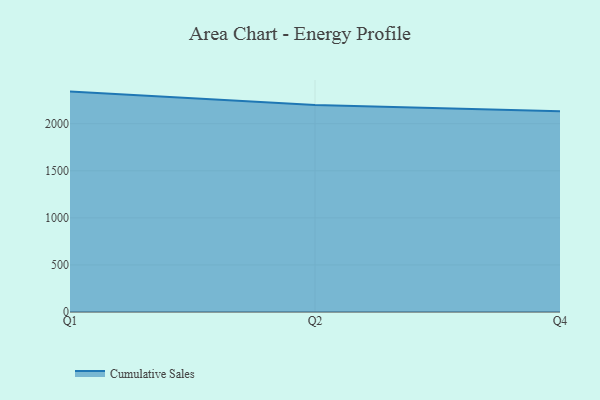
{"axis": {"x": "Quarter", "y": "Headcount"}, "legend": ["Cumulative Sales"], "data": [{"x": "Q1", "y": 2341.4, "type": "Cumulative Sales"}, {"x": "Q2", "y": 2198.1, "type": "Cumulative Sales"}, {"x": "Q4", "y": 2131.9, "type": "Cumulative Sales"}]}